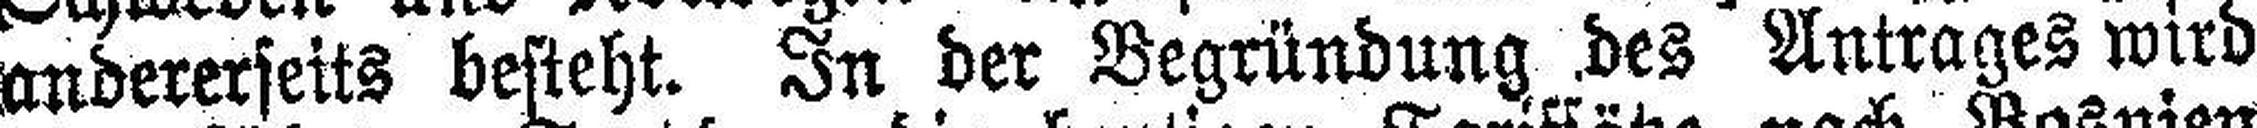
andererseits besteht. In der Begründung des Antrages wird